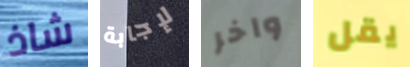
شاذ لإجابة واخر يقل